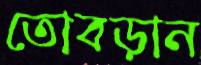
তোবড়ান